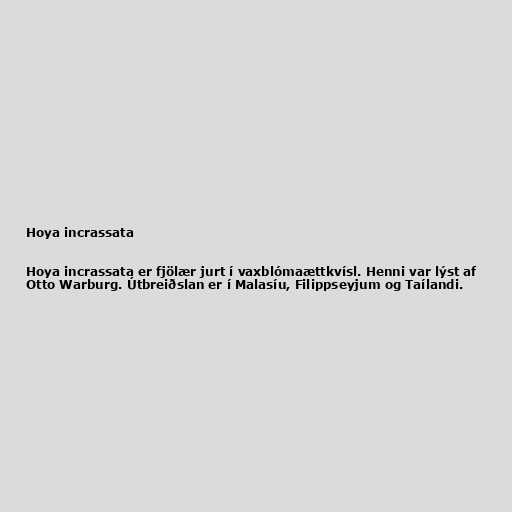
Hoya incrassata

Hoya incrassata er fjölær jurt í vaxblómaættkvísl. Henni var lýst af
Otto Warburg. Útbreiðslan er í Malasíu, Filippseyjum og Taílandi.